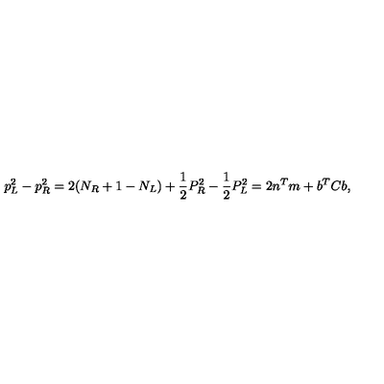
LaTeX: p _ { L } ^ { 2 } - p _ { R } ^ { 2 } = 2 ( N _ { R } + 1 - N _ { L } ) + \frac { 1 } { 2 } P _ { R } ^ { 2 } - \frac { 1 } { 2 } P _ { L } ^ { 2 } = 2 n ^ { T } m + b ^ { T } C b ,